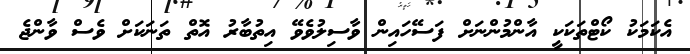
އެކަމަކު ކޯޓްތަކަކީ އާންމުންނަށް ފަސޭހައިން ވާސިލުވެވޭ އިތުބާރު އޮތް ތަނަކަށް ވެސް ވާންޖެ